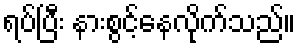
ရပ်ပြီး နားစွင့်နေလိုက်သည်။